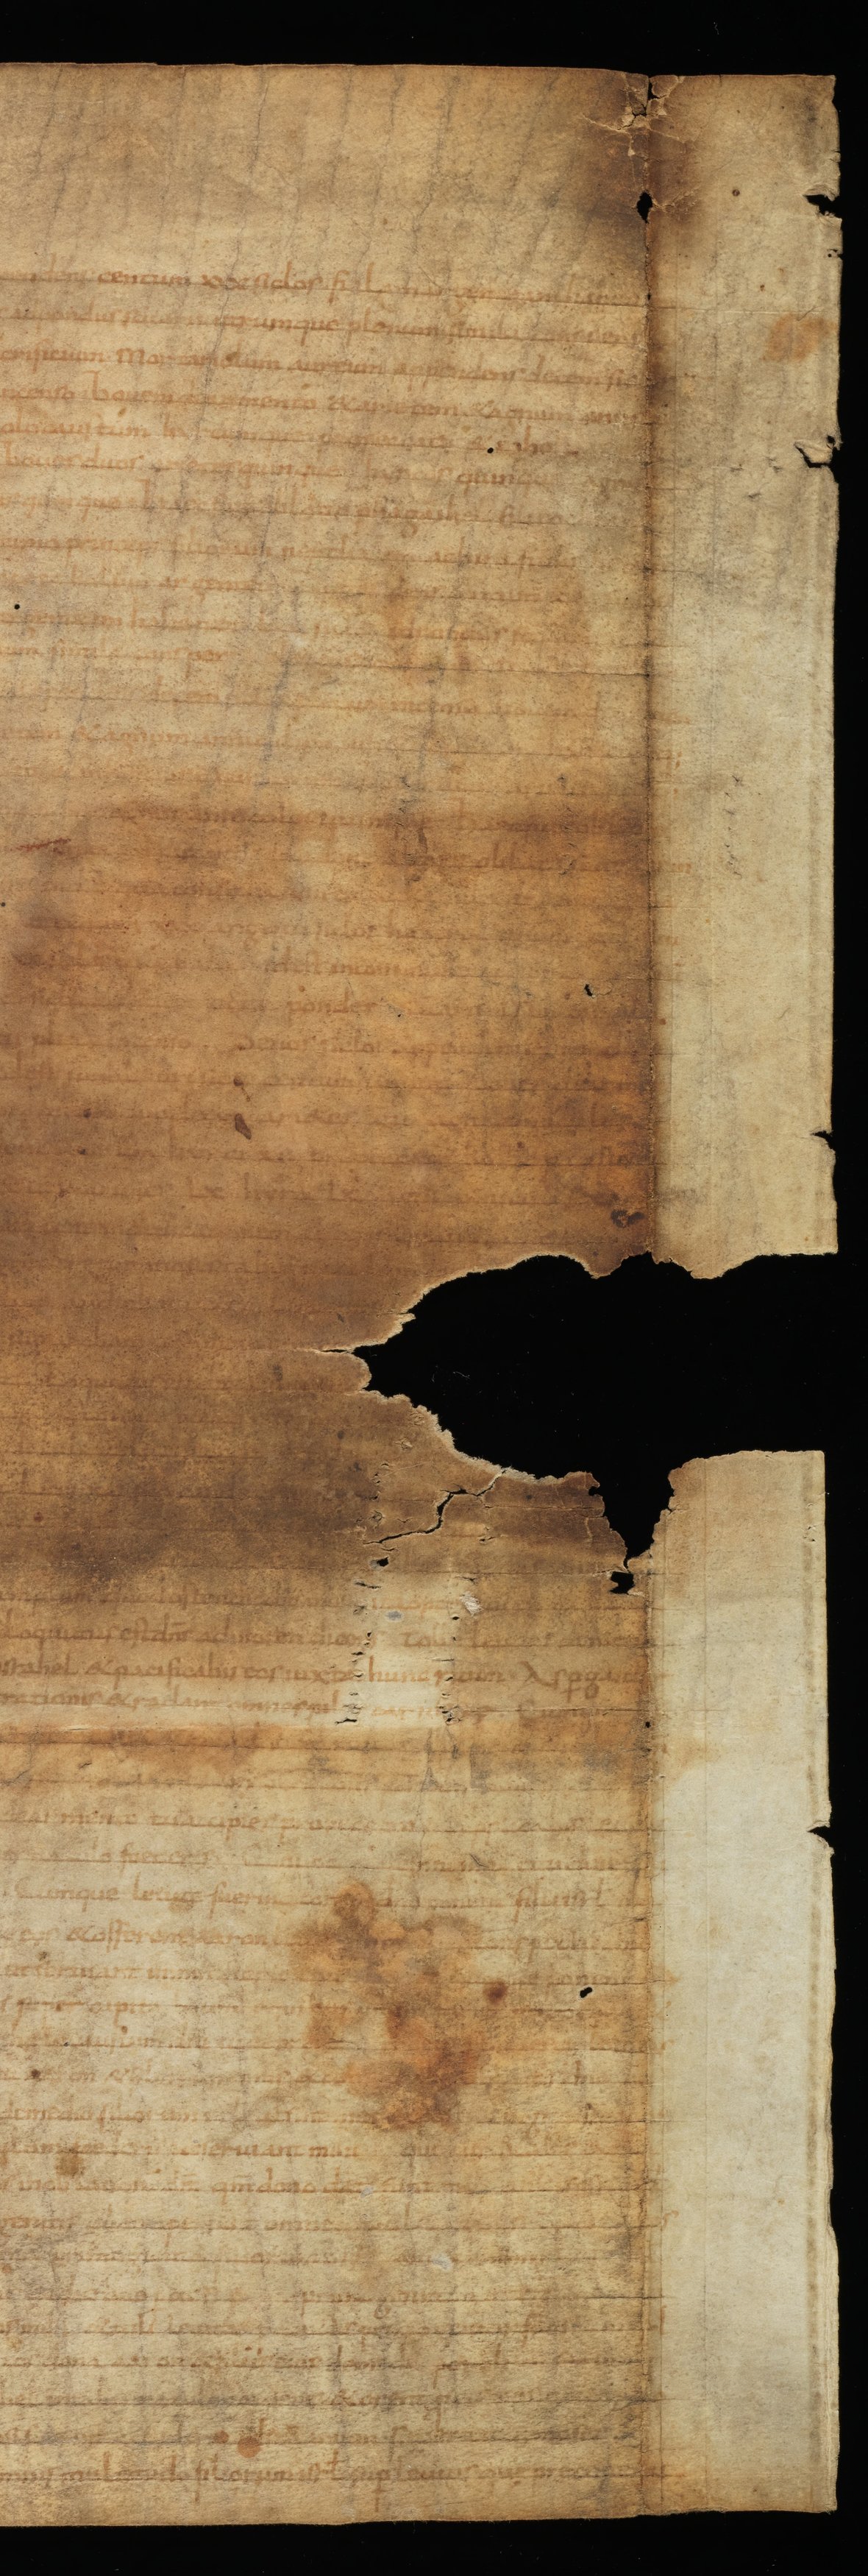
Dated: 835–865